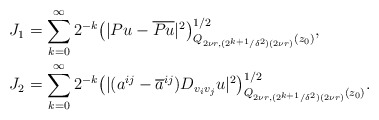
\begin{align*} &J_1 = \sum_{k=0}^\infty 2^{-k} \big(|P u - \overline{P u}|^2\big)^{1/2}_{Q_{ 2\nu r, (2^{k+1}/\delta^2) (2\nu r)} (z_0)},\\ & J_2 = \sum_{k=0}^\infty 2^{-k} \big(|(a^{i j} - \overline{a}^{i j}) D_{v_i v_j} u|^2\big)^{1/2}_{Q_{ 2\nu r, (2^{k+1}/\delta^2) (2\nu r)} (z_0)}. \end{align*}